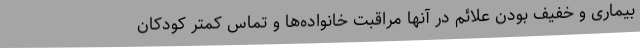
بیماری و خفیف بودن علائم در آنها مراقبت خانواده‌ها و تماس کمتر کودکان